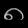
Digit: ၈